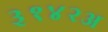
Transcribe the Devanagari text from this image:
३१४२अ